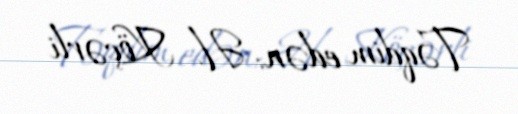
Təqdim edən: H. Köçərli